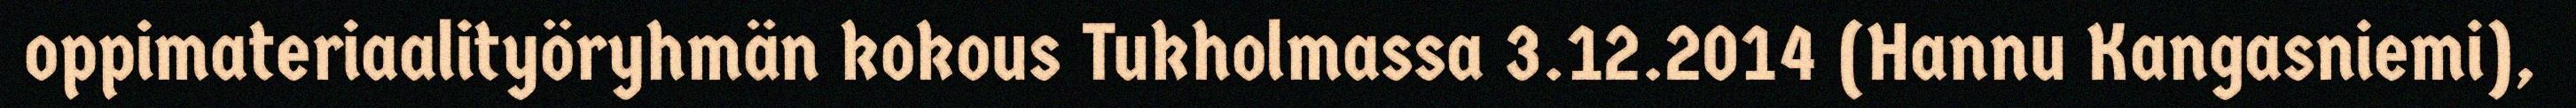
oppimateriaalityöryhmän kokous Tukholmassa 3.12.2014 (Hannu Kangasniemi),